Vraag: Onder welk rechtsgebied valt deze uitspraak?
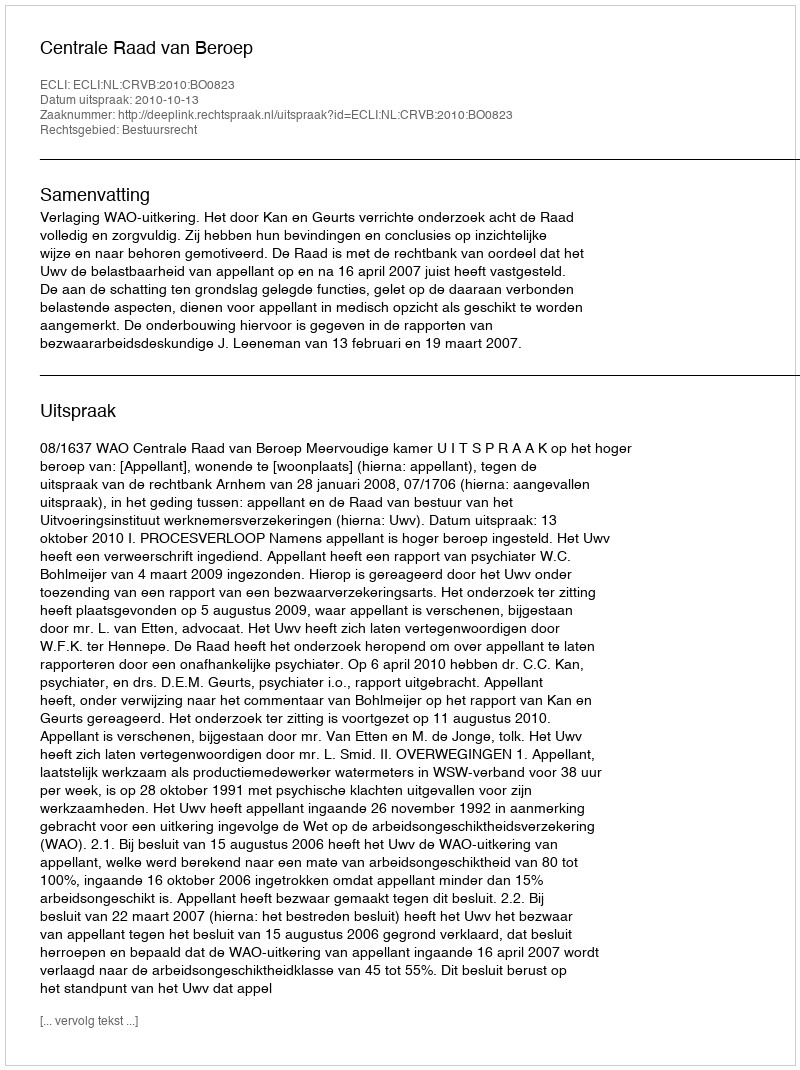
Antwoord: Bestuursrecht